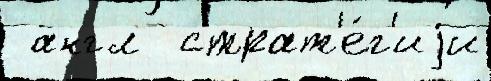
 англ  страт'е́г'иjи